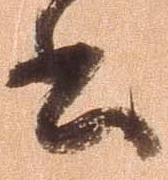
書